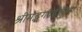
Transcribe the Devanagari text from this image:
श्रीमद्भगवद्गीतेच्या